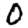
Digit: 0